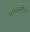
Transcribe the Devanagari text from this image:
पार्स्वभूमीवर